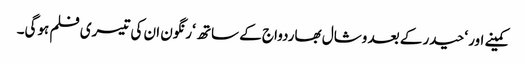
کمینے اور ‘حیدر کے بعد وشال بھاردواج کے ساتھ ‘رنگون ان کی تیسری فلم ہوگی۔